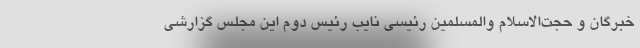
خبرگان و حجت‌الاسلام والمسلمین رئیسی نایب رئیس دوم این مجلس گزارشی